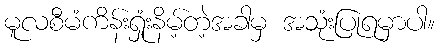
မူလစီမံကိန်းရှုံးနိမ့်တဲ့အခါမှ အသုံးပြုရမှာပါ။